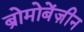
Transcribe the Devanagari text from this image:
ब्रोमोबेंज़ीन